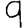
Digit: 9